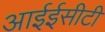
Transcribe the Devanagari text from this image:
आईईसीटी